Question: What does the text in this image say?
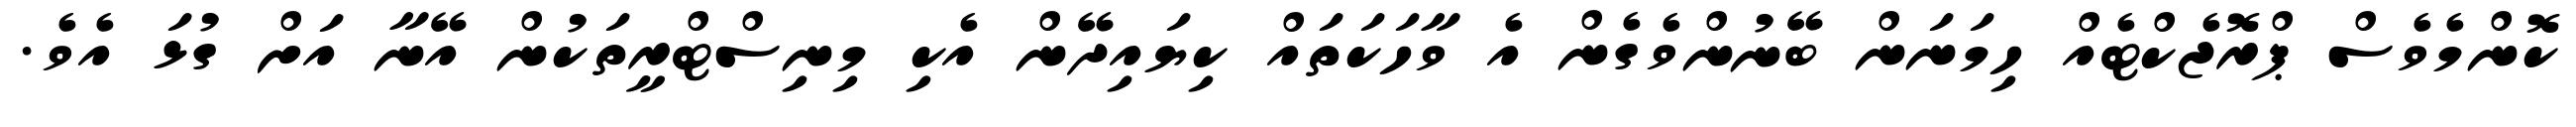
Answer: ކޮންމެވެސް ޕްރޮޖެކްޓެއް ހިމަނަން ބޭނުންވެގެން އެ ވާހަކަތައް ކިޔައިދޭން އެކި މިނިސްޓްރީތަކުން އޭނާ އަށް ގުޅަ އެވެ.